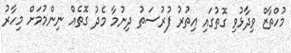
މުހްތާޒް ވިދާޅުވި ގޮތުގައި އިތުރު ފުރުސަތު ދިނުމާ މެދު ގޮތެއް ނިންމުމަށް މިހާރު